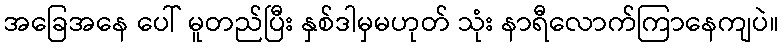
အခြေအနေ ပေါ် မူတည်ပြီး နှစ်ဒါမှမဟုတ် သုံး နာရီလောက်ကြာနေကျပဲ။